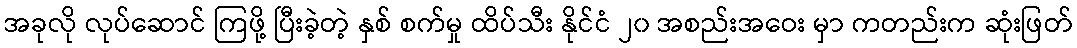
အခုလို လုပ်ဆောင် ကြဖို့ ပြီးခဲ့တဲ့ နှစ် စက်မှု ထိပ်သီး နိုင်ငံ ၂၀ အစည်းအဝေး မှာ ကတည်းက ဆုံးဖြတ်